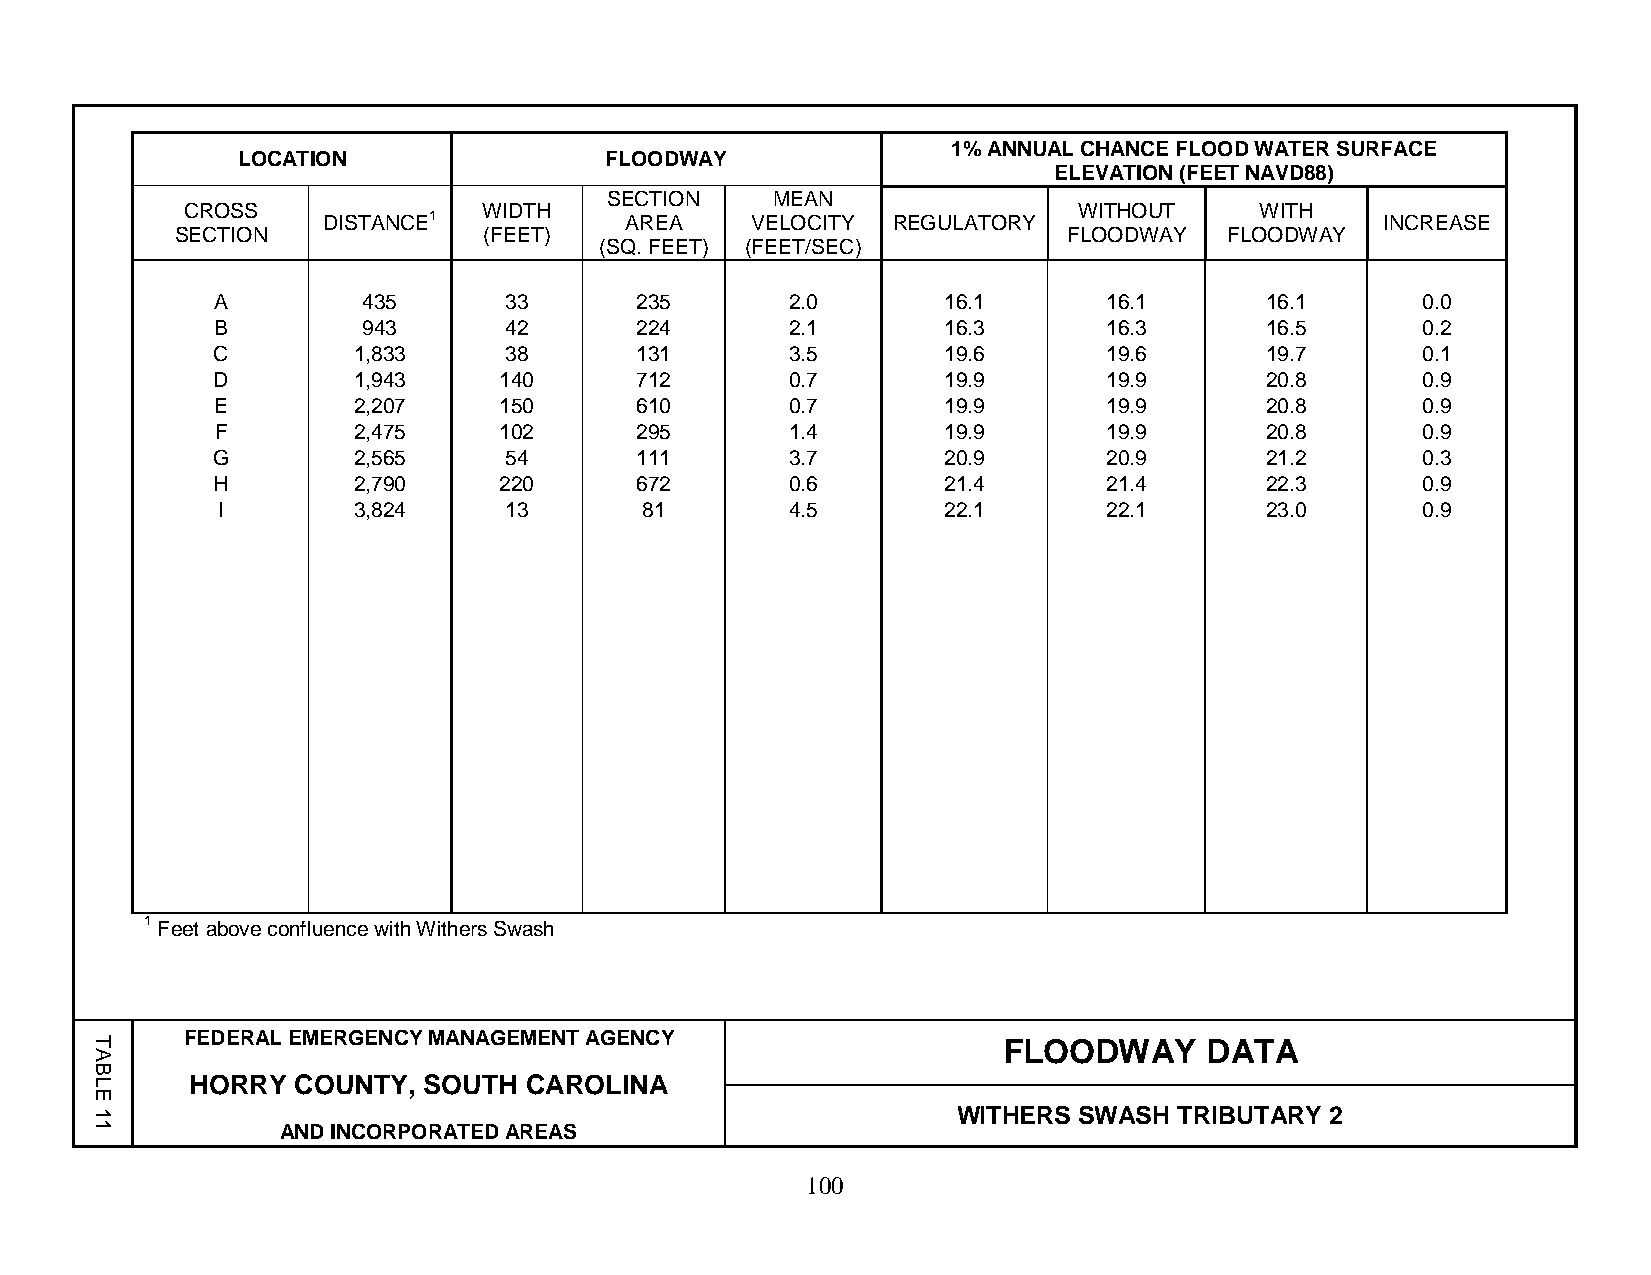
1% ANNUAL CHANCE FLOOD WATER SURFACE
 LOCATION                FLOODWAY
 ELEVATION (FEET NAVD88)
 SECTION    MEAN
 CROSS               WIDTH                                  WITHOUT     WITH
 DISTANCE1           AREA     VELOCITY REGULATORY                       INCREASE
 SECTION             (FEET)                                 FLOODWAY  FLOODWAY
 (SQ. FEET) (FEET/SEC)
 A         435      33       235       2.0       16.1       16.1       16.1      0.0
 B         943      42       224       2.1       16.3       16.3       16.5      0.2
 C        1,833     38       131       3.5       19.6       19.6       19.7      0.1
 D        1,943     140      712       0.7       19.9       19.9       20.8      0.9
 E        2,207     150      610       0.7       19.9       19.9       20.8      0.9
 F        2,475     102      295       1.4       19.9       19.9       20.8      0.9
 G        2,565     54       111       3.7       20.9       20.9       21.2      0.3
 H        2,790     220      672       0.6       21.4       21.4       22.3      0.9
 I        3,824     13        81       4.5       22.1       22.1       23.0      0.9
 1 Feet above confluence with Withers Swash
 FEDERAL EMERGENCY MANAGEMENT AGENCY
 FLOODWAY      DATA
 HORRY COUNTY,  SOUTH  CAROLINA
 WITHERS SWASH  TRIBUTARY 2
 AND INCORPORATED AREAS
 100
 TABLE11